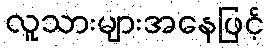
လူသားများအနေဖြင့်